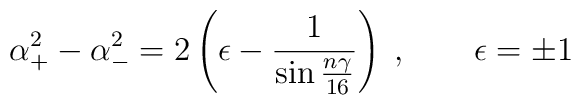
\alpha_{+}^2-\alpha_{-}^2=2\left(\epsilon-{1\over{\sin{n\gamma\over{16}}}}\right)\;,\quad\quad \epsilon=\pm 1\;